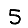
Digit: 5